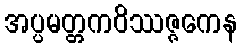
အပ္ပမတ္တကဝိဿဇ္ဇကေန